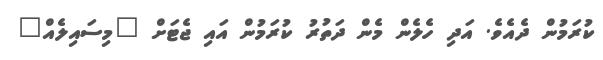
ކުރަމުން ދެއެވެ. އަދި ހެލެން މެން ދަތުރު ކުރަމުން އައި ޖެޓަށް "މިސައިލެއް"